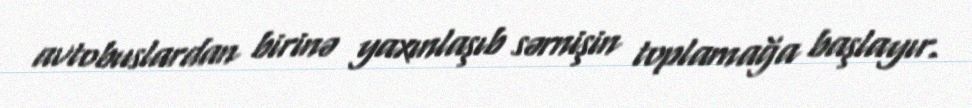
avtobuslardan birinə yaxınlaşıb sərnişin toplamağa başlayır.